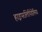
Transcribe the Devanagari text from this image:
हाइपरलिपिडेमिया